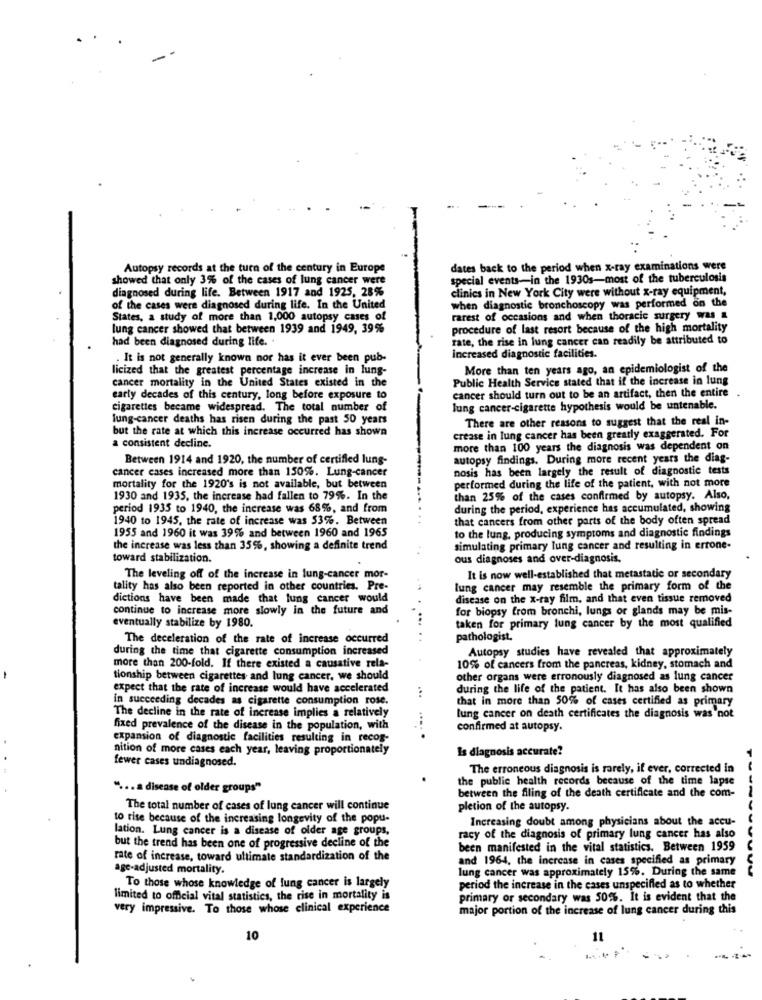
-
Autopsy records at the turn of the century in Europe
dates back to the period when x-ray examinations were
showed that only 3% of the cases of lung cancer were
special events-in the 1930s-most of the tuberculosis
diagnosed during life. Between 1917 and 1925, 28%
clinics in New York City were without x-ray equipment,
of the cases were diagnosed during life. In the United
when diagnostic bronchoscopy was performed on the
States, a study of more than 1,000 autopsy cases of
rarest of occasions and when thoracic surgery was a
lung cancer showed that between 1939 and 1949, 39%
procedure of last resort because of the high mortality
had been diagnosed during life. .
rate, the rise in lung cancer can readily be attributed to
. It is not generally known nor has it ever been pub-
Increased diagnostic facilities.
licized that the greatest percentage increase in lung-
More than ten years ago, an epidemiologist of the
cancer mortality in the United States existed in the
Public Health Service stated that if the increase in lung
early decades of this century, long before exposure to
cancer should turn out to be an artifact, then the entire
cigarettes became widespread. The total number of
lung cancer-cigarette hypothesis would be untenable.
lung-cancer deaths has risen during the past 50 years
There are other reasons to suggest that the real in-
but the rate at which this increase occurred has shown
crease in lung cancer has been greatly exaggerated. For
a consistent decline.
more than 100 years the diagnosis was dependent on
Between 1914 and 1920, the number of certified lung-
autopsy findings. During more recent years the diag-
nosis has been largely the result of diagnostic tests
cancer cases increased more than 150%. Lung-cancer
mortality for the 1920's is not available, but between
performed during the life of the patient, with not more
1930 and 1935, the increase had fallen to 79%. In the
than 25% of the cases confirmed by autopsy. Also,
period 1935 to 1940, the increase was 68%, and from
during the period, experience has accumulated, showing
1940 to 1945, the rate of increase was 53%. Between
that cancers from other parts of the body often spread
1955 and 1960 it was 39% and between 1960 and 1965
to the lung, producing symptoms and diagnostic findings
the increase was less than 35%, showing a definite trend
simulating primary lung cancer and resulting in ertone-
toward stabilization.
ous diagnoses and over-diagnosis.
The leveling off of the increase in lung-cancer mor-
It is now well-established that metastatic or secondary
tality has also been reported in other countries. Pre-
lung cancer may resemble the primary form of the
dictions have been made that lung cancer would
disease on the x-ray film, and that even tissue removed
continue to increase more slowly in the future and
for biopsy from bronchi, lungs or glands may be mis-
eventually stabilize by 1980.
taken for primary lung cancer by the most qualified
The deceleration of the rate of increase occurred
pathologist.
during the time that cigarette consumption increased
Autopsy studies have revealed that approximately
more than 200-fold. If there existed a causative rela-
10% of cancers from the pancreas, kidney, stomach and
-
tionship between cigarettes and lung cancer, we should
other organs were erronously diagnosed as lung cancer
expect that the rate of increase would have accelerated
during the life of the patient. It has also been shown
in succeeding decades as cigarette consumption rose.
...
that in more than 50% of cases certified as primary
The decline in the rate of increase implies a relatively
lung cancer on death certificates the diagnosis was not
fixed prevalence of the disease in the population, with
confirmed at autopsy.
expansion of diagnostic facilities resulting in recog-
.... .
nition of more cases each year, leaving proportionately
Is diagnosis accurate?
fewer cases undiagnosed.
The erroneous diagnosis is rarely, if ever, corrected in
the public health records because of the time lapse
" .. a disease of older groups"
between the filing of the death certificate and the com-
The total number of cases of lung cancer will continue
pletion of the autopsy.
to rise because of the increasing longevity of the popu-
Increasing doubt among physicians about the accu-
lation. Lung cancer is a disease of older age groups,
racy of the diagnosis of primary lung cancer has also
but the trend has been one of progressive decline of the
been manifested in the vital statistics. Between 1959
rate of increase, toward ultimate standardization of the
and 1964, the increase in cases specified as primary
age-adjusted mortality.
lung cancer was approximately 15%. During the same
To those whose knowledge of lung cancer is largely
period the increase in the cases unspecified as to whether
limited to official vital statistics, the rise in mortality is
primary or secondary was 50%. It is evident that the
very impressive. To those whose clinical experience
major portion of the increase of lung cancer during this
10
11